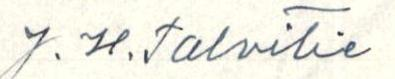
J.H.talvitie